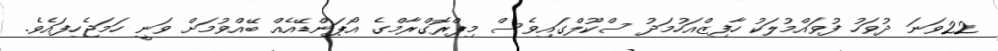
22ވަނަ ދުވަހު ފުވައްމުލަކު ހާފިޒްއަހުމަދު ސްކޫލްގައިވެސް މިޕްރޮގްރާމްގެ އޯޕަންޑޭއެއް ބޭއްވުމަށް ވަނީ ހަމަޖެހިފައެވެ.